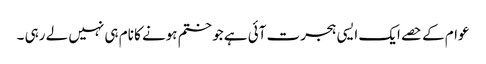
عوام کے حصے ایک ایسی ہجرت آئی ہے جو ختم ہونے کا نام ہی نہیں لے رہی ۔